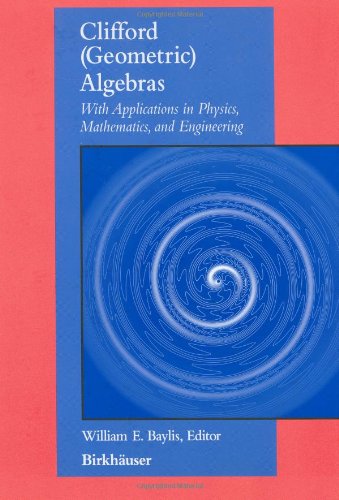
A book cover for Clifford (Geometric) Algebras With Applications in Physics, Mathematics, and Engineering; William Baylis; Science & Math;